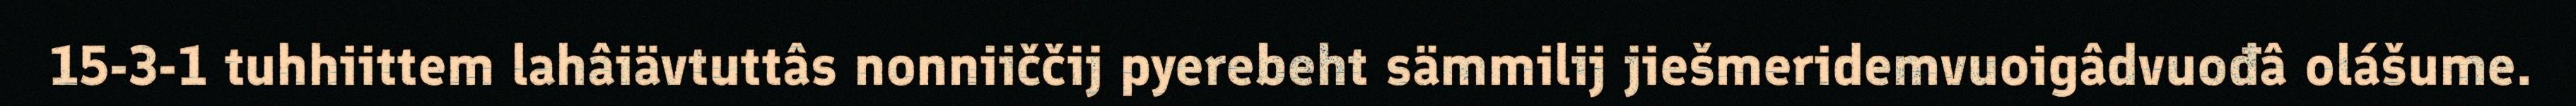
15-3-1 tuhhiittem lahâiävtuttâs nonniiččij pyerebeht sämmilij jiešmeridemvuoigâdvuođâ olášume.